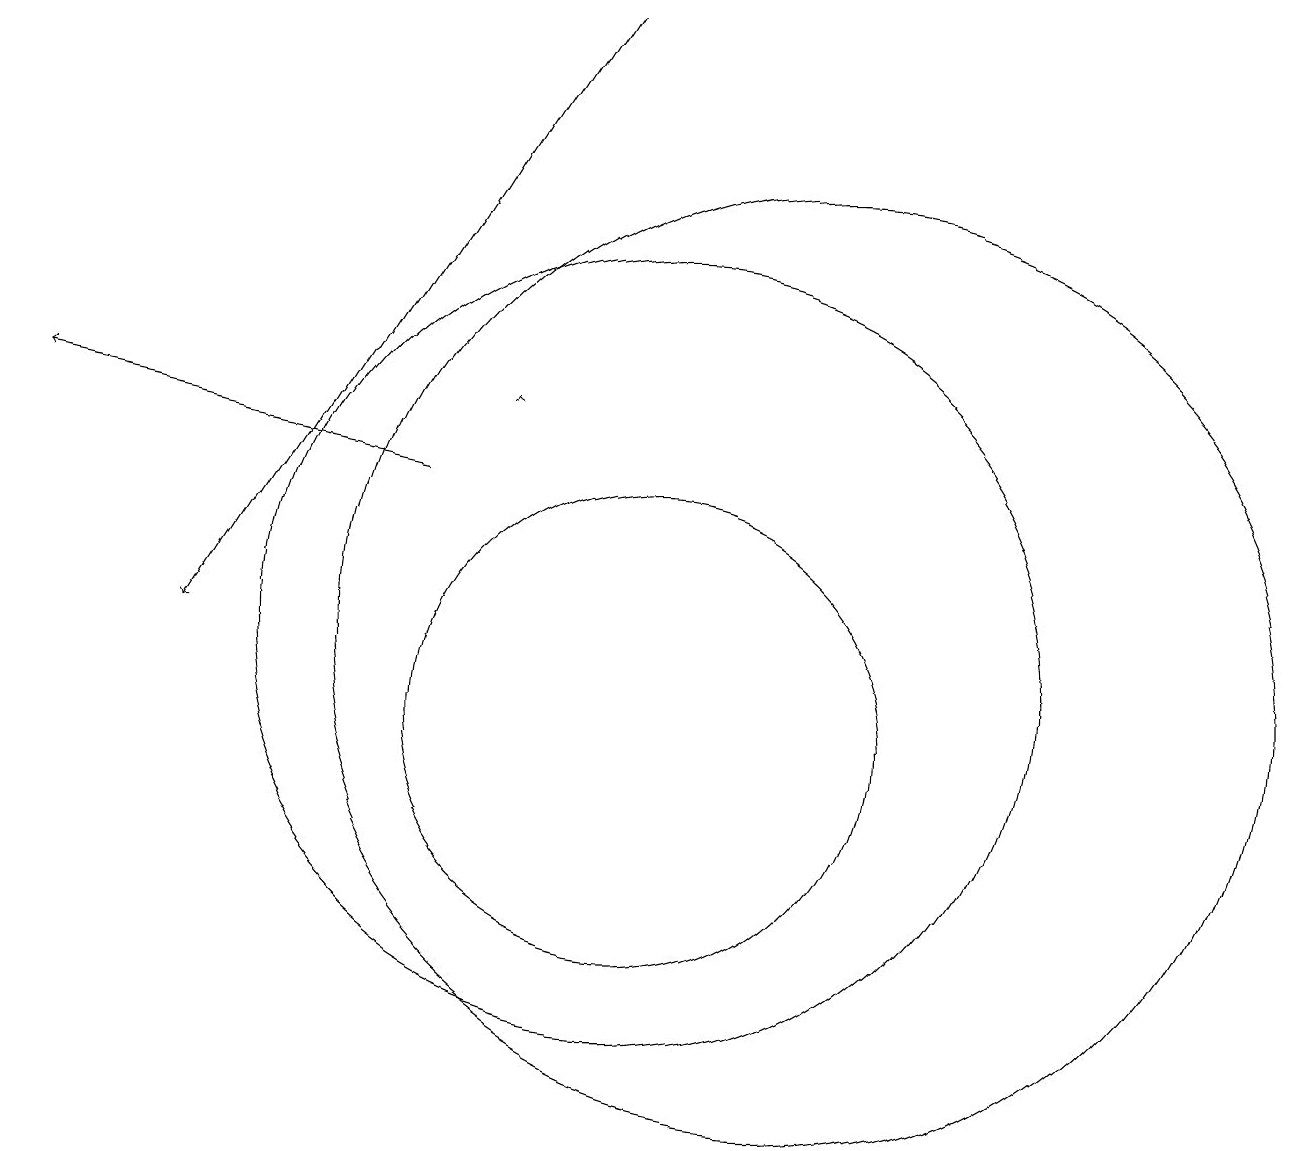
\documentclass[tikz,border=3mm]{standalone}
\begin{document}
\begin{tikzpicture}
\draw (12,11) circle (6);
\draw (10,10) circle (3);
\draw (12,10) circle (0);
\draw[->] (7,13) -- (2,14);
\draw[->] (8,14) -- (8,14);
\draw (10,11) circle (5);
\draw[->] (9,19) -- (4,11);
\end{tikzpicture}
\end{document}